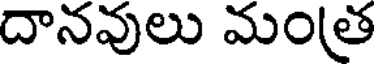
దానవులు మంత